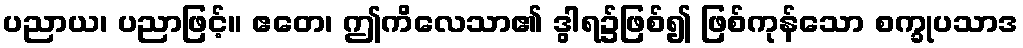
ပညာယ၊ ပညာဖြင့်။ ဧတေ၊ ဤကိလေသာ၏ ဒွါရ၌ဖြစ်၍ ဖြစ်ကုန်သော စက္ခုပသာဒ